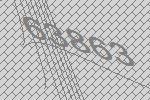
63863